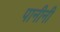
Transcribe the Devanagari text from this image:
पानीनी